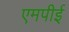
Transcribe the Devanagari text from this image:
एमपीई